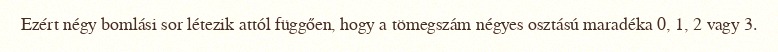
Ezért négy bomlási sor létezik attól függően, hogy a tömegszám négyes osztású maradéka 0, 1, 2 vagy 3.